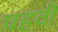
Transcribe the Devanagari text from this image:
पहवी